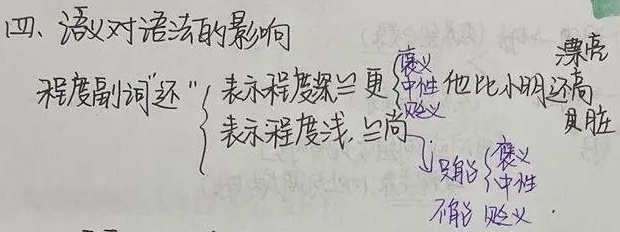
四、语义对语法的影响
程度副词“还”
\[\begin{cases}
\text{表示程度深}\Leftrightarrow\text{更}
\begin{cases}
\text{褒义}\\
\text{中性}& \text{他比小明还高}\\
\text{贬义}& \text{真脏}
\end{cases}\\
\text{表示程度浅}\Leftrightarrow\text{尚}
\begin{cases}
\text{只能}
\begin{cases}
\text{褒义}\\
\text{中性}
\end{cases}\\
\text{不能}\text{贬义}
\end{cases}
\end{cases}\]